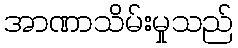
အာဏာသိမ်းမှုသည်